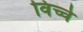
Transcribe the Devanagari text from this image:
विच्चे